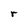
Character: r